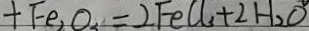
+ F e _ { 2 } O _ { 3 } = 2 F e C l _ { 3 } + 2 H _ { 2 } O